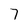
Character: 7